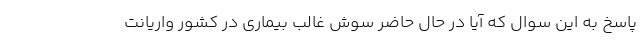
پاسخ به این سوال که آیا در حال حاضر سوش غالب بیماری در کشور واریانت